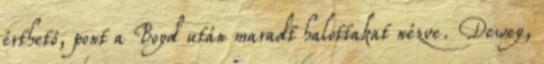
érthető, pont a Boyd után maradt halottakat nézve. Dewey,